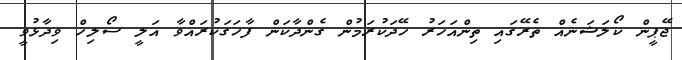
ޖޭޕީން ކޯލަޝަނެއް ތެރޭގައި ތިންއަހަރު ހޭދަކުރަމުން ގެންދާކަން ފާހަގަކުރައްވާ އަލީ ސޯލިހް ވިދާޅުވީ